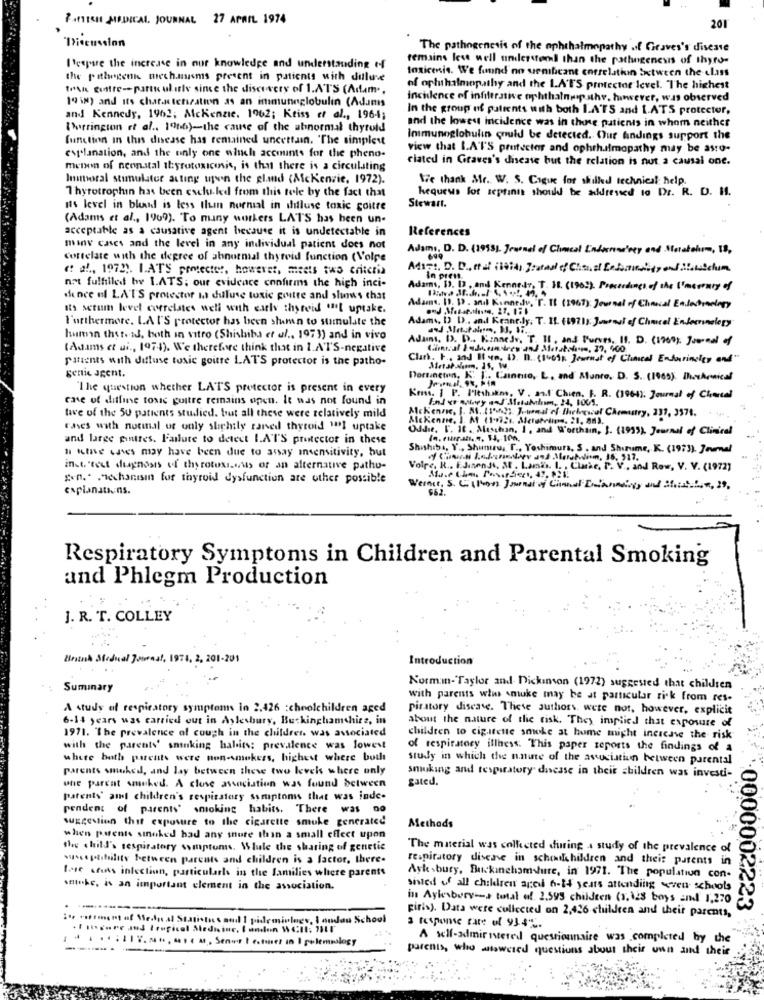
FINISH MEDICAL JOURNAL 27 APRIL 1974
201
Discussion
The pathogenesis of the ophthalmopathy of Graves's disease
remains lese well understemal than the pathogenesis of thyro-
Pespare the increase in our knowledge and understanding of
toxicenis. We funnd'no senficant correlation between the class
the pathogenk mechanisms present in patients with dillune
tran contre-particularly since the discovery of 1.ATS (Adam ..
of ophthalmopathy and the LA'T'S protector level. The highest
19 iN) and its chat.stehization as an immunoglobulin (Adams
incidence of infiltrative ophthalnp sthe. however, was observed
in the group of patients with both I.ATS and 1.ATS protector,
and Kennedy, 1962; Mckenzie. 1962; Kriss et al ., 1964;
and the lowest incidence was in these patients in whom neither
(Durrington et al ., 1006)-the cause of the abnormal thyroid
function in this disease has remained uncertain. "The simplest
Immunoglobulin could be detected. Our findings support the
view that I.A'TS protector and ophthalmopathy may be asto-
explanation, and the only one which accounts for the pheno-
ciated in Graves's disease but the relation is not a causal one.
menon of neonastal thyrotoxiconsis, is that there is a circulating
Immoral stimulator acting upon the gland (Ackenzie, 1972).
Wie thank Mr. W. S. Cigue for skilled technical help.
Thyrotrophin has been esclu-led from this tele by the fact that
hequeus for sepfinns should be addressed to Dr. R. D. H.
is level in blad is less Ilum normal in itluse toxic goitre
Stewart.
(Adams et al ., 1969). To many workers LATS has been un-
acceptable as a causative agent because it is undetectable in
References
minv cases and the level in any individual patient does not
Adams, D. D. (1993) Journal of Clinical Enderrosa'scy and Storabohum, 18.
Correlate with the degree of abnormal thyroid function (Volpe
( al, 1972). LATS protecter, howerst, meets two criteria
In press
not fulfilled by LATS; our evidence confirms the high inci-
Adams, 13. 12, and Kennedy. T. 11. (1962). Precordones of the I'mcounty of
dence ef LAT'S protector man duluse toxic goitre and shows that
ats serum level correlates well with early thyroid "[ uptake.
Adamsc. ID. 13 . and Kunnedu. T. T. (1967): Journal of Chocal Enlabraology
l'orthermore. LA I'S protector has been shamn to stimulate the
D .. and Keane.ly. T. 11. (19711: Journal of Chmcel EnJeannelepy
hunsin thst. Id, both in vitro (Shishiba et al ., 1971) and in vivo
Adains, 1). D. Kennedy, T. II. and Furves. 11. D. (1969). Jurnal of
(Adams et ui ., 1974). We therefore think that in I.ATS-negative
patients with diffuse toxic goitre LAT'S protector is the patho-
Clark. r. and 11 10, 13. 11. (1969; Journal of Clinical Endarincity and"
gertie agent.
& .. Canno, L. and Munro. D. S. (1965). Ichenical
"The question whether LATS protector is present in every
case of diffuse toxic gultre remains open. It was not found in
Kens. J. P. Pitshakm. V. a.t Chien. F. R. (1964). Journal of Chercal
tave of the 50 patients studied. but all these were relatively mild
Mckenzie. ] Af (1.07. Meistrios, 21, 88).
Mckenzie, I. M. 11.32. Journal of thelesof Chemistry, 337, 3376.
fases with normal of only slightly cared thyroid ""I uptake
Oddie, I. It. Maschan, I, and Worthain, I. (1995), Journal of Clinical
and large pinttes. Failure to detect I.ATS protector in these
I ttive cases may have been due to assay insensitivity, but
Shishiba, Y ., Shumru, T ., Yoshimura, S . and Shurume, K. (1973). Jevmal
of Course Indemnity and Moulin, 16. 917.
inst. "tect diagnosis of thyrotosissis of an alternative patho-
Volre, R .. E.JinenJ. M . Lamis. I. , Clarke, P. V ., and Row, V. V. (1972]
gen .. . ichanisin for thyroid dysfunction are other possible
explanations.
Wernet, S. C( Kon Journal of Cional Erianality and Soist Die, 39,
Respiratory Symptoms in Children and Parental Smoking
and Phlegm Production
J. R. T. COLLEY
01-201
Introduction
Suminary
Normin-Taylor and- Dickinson (1972) suggested that children
with parents wis smuke may be at particular risk from res.
A study of respiratory symptoms in 2.426 : choolchildren aged
piratory discase. These authors, were not, however, explicit
6-14 years was carried out in Aylesbury, Buckinghamshire, in
about the nature of the risk. They implied that exposure of
1971. The prevalence of cough in the children. was associated
children to cigarette smoke at home might increase the risk
with the parents' sninking habits: prevalence was lowest
of respiratory illhess. This paper reports the findings of a
white both parents were non-smokers, highest where buch
study in which the nature of the association between parental
parents smoked, and lay between these two levels where only
smuking and respiratory disease in their children was investi-
gated.
une parcat smoked. A close association was found between
patents' amt children's respiratory symptoms that was inde-
pendent of parents' smoking habits. There was no
suggestion thit exposure to the cigarette smoke generated
Methods
when parents sinoked had any more than a small effect upon
the child's respiratory symptoms. Wlule the sharing of genetic
The material was collected during a study of the prevalence of
susceptibility between parents and children is a factor, there-
respiratory disease in schoolchildren and their parents in
foie arias infection, particularly in the families where parents
Ayk sbury, Buckinghamshure, in 1971. The population con-
sminke, is an important clement in the association.
sisted of all children aged 6-84 years attending seven schools
in Aylesbury -- > total of 2.595 childten (s.128 boys and 1,270
girls). Data were collected on 2,426 children and their parents,
'0000002223
i aften of Medu al Statistics and I pidemioles, I ondan School
3 response rate of 9342.
....; % ..... .. Senur testonez in I gelemlogy
A self-administered questionnaire was completed by the
--------
parents, who answered questions about their own and their